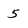
Character: 5